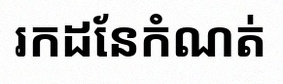
រកដែនកំណត់